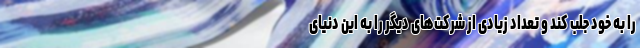
را به خود جلب کند و تعداد زیادی از شرکت‌های دیگر را به این دنیای